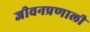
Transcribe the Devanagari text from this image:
जीवनप्रणाली